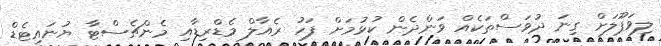
ލިވަޕޫލަށް ގިނަ ދުވަސްތަކެއް ވަންދެން ކުޅުމަށް ފަހު ރެއާލް މެޑްރިޑާއި މެންޗެސްޓާ ޔުނައިޓެޑް